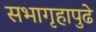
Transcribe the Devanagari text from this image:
सभागृहापुढे